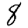
Digit: 8